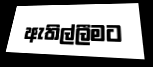
ඇතිල්ලීමට